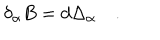
LaTeX: \quad \delta _ { \alpha } B = d \Delta _ { \alpha } \quad .